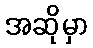
အဆိုမှာ